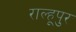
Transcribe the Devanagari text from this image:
राल्हूपुर